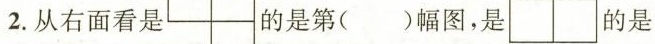
2.从右面看是 的是第()幅图，是 的是